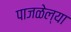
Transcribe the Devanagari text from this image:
पाजळेल्या